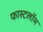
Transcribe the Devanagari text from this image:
फास्टलॉम